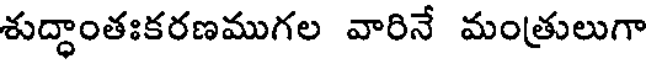
శుద్ధాంతఃకరణముగల వారినే మంత్రులుగా